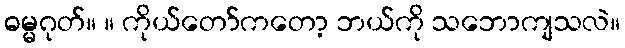
ဓမ္မဂုတ်။ ။ ကိုယ်တော်ကတော့ ဘယ်ကို သဘောကျသလဲ။